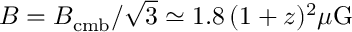
B = B _ { \mathrm { c m b } } / \sqrt { 3 } \simeq 1 . 8 \, ( 1 + z ) ^ { 2 } \mu \mathrm { G }